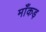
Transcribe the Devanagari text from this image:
माँकड़